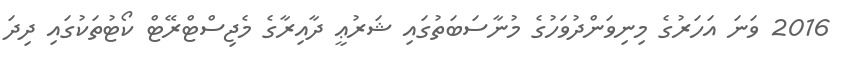
2016 ވަނަ އަހަރުގެ މިނިވަންދުވަހުގެ މުނާސަބަތުގައި ޝަރުޢީ ދާއިރާގެ މެޖިސްޓްރޭޓް ކޯޓުތަކުގައި ދިދަ